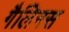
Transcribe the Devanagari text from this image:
गैलिनस